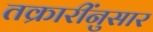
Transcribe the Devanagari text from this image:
तक्रारींनुसार